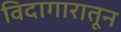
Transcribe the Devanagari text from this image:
विदागारातून